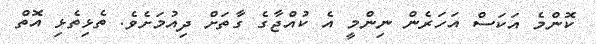
ކޮންމެ އަކަސް އަހަރެން ނިންމީ އެ ކުއްޖާގެ ގާތަށް ދިއުމަށެވެ. ތެޅިތެޅި އޮތް